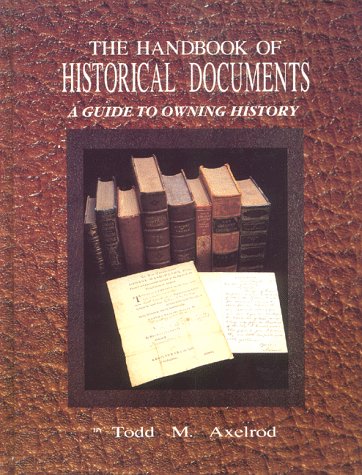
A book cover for The Handbook of Historical Documents, A Guide to Owning History; Todd M. Axelrod; Crafts, Hobbies & Home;